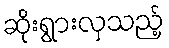
ဆိုးရွားလှသည့်